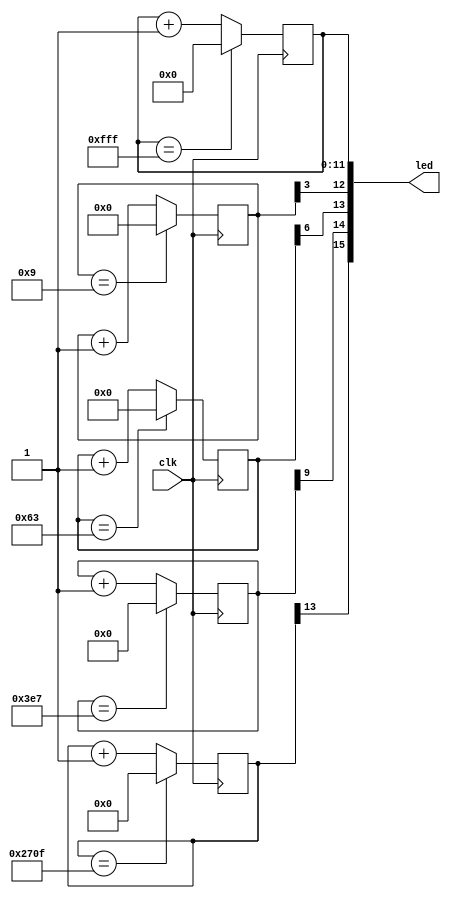
`timescale 1ns / 1ps

module clks(
    input clk,    
    output [15:0] led
    );
    
    reg [11:0] div2ncount = 0;
    reg [3:0] count12 = 0;
    reg [6:0] count13 = 0;
    reg [9:0] count14 = 0;
    reg [13:0] count15 = 0;
    assign led[0] = div2ncount[0];
    assign led[1] = div2ncount[1];
    assign led[2] = div2ncount[2];
    assign led[3] = div2ncount[3];
    assign led[4] = div2ncount[4];
    assign led[5] = div2ncount[5];
    assign led[6] = div2ncount[6];
    assign led[7] = div2ncount[7];
    assign led[8] = div2ncount[8];
    assign led[9] = div2ncount[9];
    assign led[10] = div2ncount[10];
    assign led[11] = div2ncount[11];
    assign led[12] = count12[3];
    assign led[13] = count13[6];
    assign led[14] = count14[9];
    assign led[15] = count15[13]; 
    //Declare and initialize up-counter register      
    //Divide-by-3 clock (33.3MHz on Basys3)
    always @(posedge clk) begin 
        if(div2ncount == 12'b111111111111) div2ncount = 0; 
        else  div2ncount = div2ncount + 1; 
        //12
        if(count12 == 9) count12 = 0;
        else count12 = count12 + 1;
        //13
        if(count13 == 99) count13 = 0;
        else count13 = count13 + 1;
        //14
        if(count14 == 999) count14 = 0;
        else count14 = count14 + 1;
        //15
        if(count15 == 9999) count15 = 0;
        else count15 = count15 + 1;
       end
    
endmodule